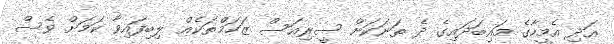
އަދި އެމީހާގެ މައިބަދައިގެ ދެ ތަނަކަށް ސީރިއަސް ޒަހަމްތަކެއް ލިބިފައިވާ ކަމަށް ވެސް